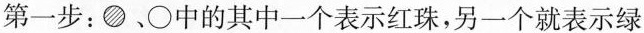
第一步：●、○中的其中一个表示红珠，另一个就表示绿